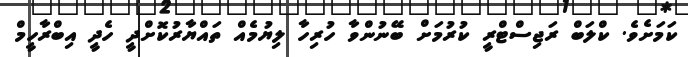
ކަމަށެވެ. ކްލަބް ރަޖިސްޓްރީ ކުރުމަށް ބޭނުންވާ ހުރިހާ ލިޔުމެއް ތައްޔާރުކޮށްދީ ހެދީ އިބްރާހީމް